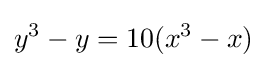
y^{3}-y=10(x^{3}-x)